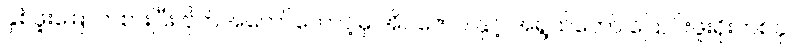
နှစ်ဖူးမြောက်စားပြီး ဗိုက်အတော်တောင့်မှ အိပ်ဇောဝ နှင့် အရွယ်တော် ပြောင်းဖူးရိုးတစ်ခု